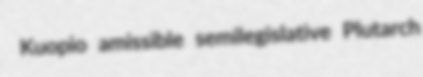
Kuopio amissible semilegislative Plutarch